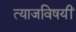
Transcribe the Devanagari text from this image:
त्याजविषयीं